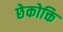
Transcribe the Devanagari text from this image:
छेकोक्ति